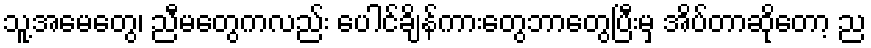
သူ့အမေတွေ၊ ညီမတွေကလည်း ပေါင်ချိန်ကားတွေဘာတွေပြီးမှ အိပ်တာဆိုတော့ ည